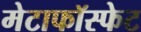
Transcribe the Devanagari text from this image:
मेटाफॉस्फेट